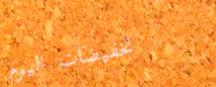
تخفيضات اليوم